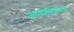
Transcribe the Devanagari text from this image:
आत्मातिक्रमण